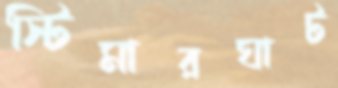
স্টিমারঘাট